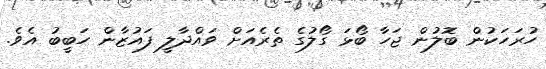
ހުރަހަކުން ބޮލުން ޖަހާ ބޯޅަ ގޯލުގެ ތެރެއަށް ވައްދާލީ ފައުޒާން ހަބީބު އެވެ.